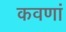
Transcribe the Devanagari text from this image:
कवणां